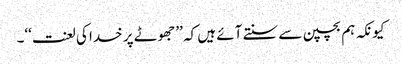
کیونکہ ہم بچپن سے سنتے آئے ہیں کہ ’’جھوٹے پر خدا کی لعنت‘‘۔